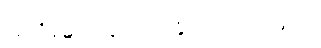
အဘိနန္ဒ-သဒ္ဒါ ဟောနိုင်သော သုံးနက်။